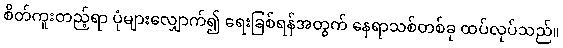
စိတ်ကူးတည့်ရာ ပုံများလျှောက်၍ ရေးခြစ်ရန်အတွက် နေရာသစ်တစ်ခု ထပ်လုပ်သည်။